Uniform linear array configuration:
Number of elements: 48
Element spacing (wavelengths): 0.25
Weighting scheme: blackman
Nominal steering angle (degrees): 0
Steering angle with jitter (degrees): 0.3462
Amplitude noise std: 0.05
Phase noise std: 0.05

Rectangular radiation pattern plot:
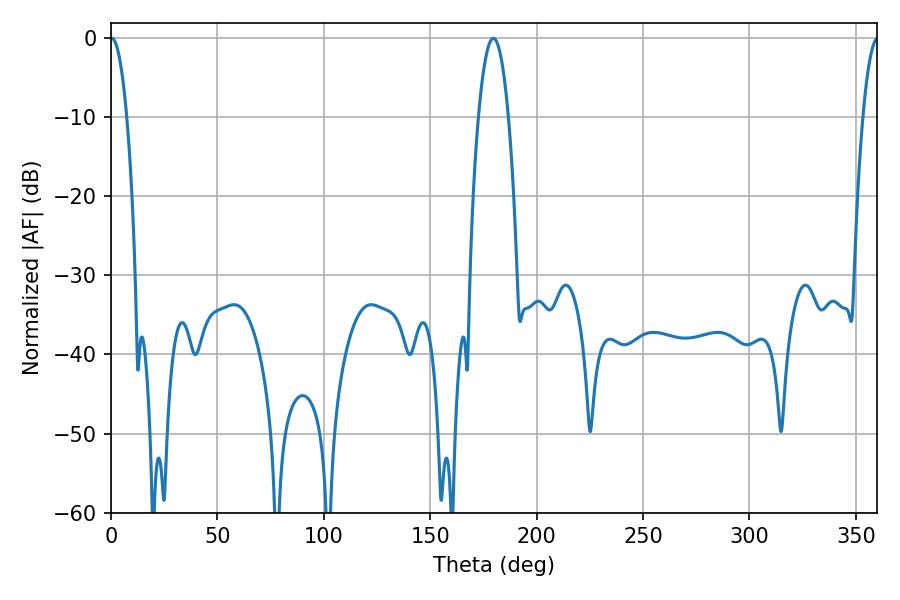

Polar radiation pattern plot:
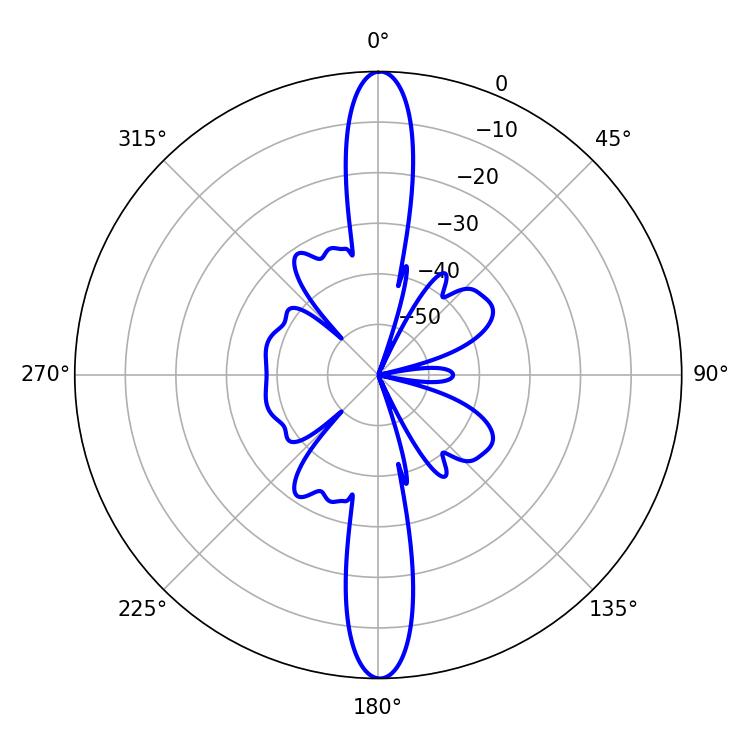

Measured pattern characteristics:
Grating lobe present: FALSE
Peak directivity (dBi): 31.023
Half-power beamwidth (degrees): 4.14
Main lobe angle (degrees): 0.36